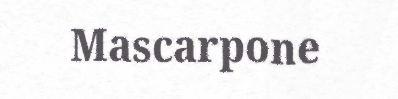
Mascarpone